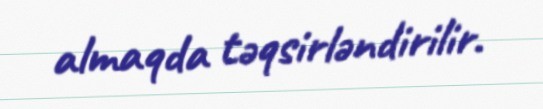
almaqda təqsirləndirilir.